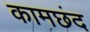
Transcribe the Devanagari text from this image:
कामछंद